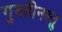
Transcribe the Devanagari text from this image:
गुरुहीनस्तु